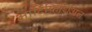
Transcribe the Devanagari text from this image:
आर्टिफ़िशिअल